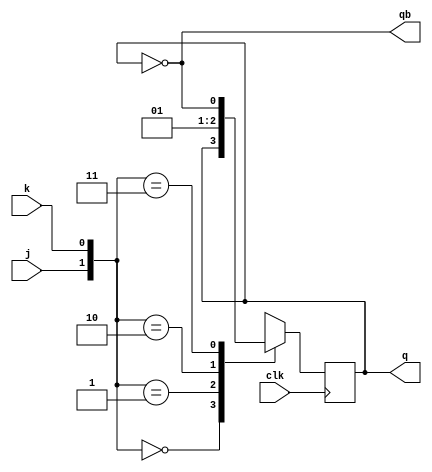
module jk_ff(j,k,clk,q,qb);
input clk;
input j,k;
output q,qb;
reg q;
wire qb;
always @(posedge clk)
begin
case({j,k})
2'b00:q<=q;
2'b01:q<=0;
2'b10:q<=1;
2'b11:q<=~q;

endcase
end 
assign qb=~q;
endmodule 
module jk_ff_test;
reg clk,j,k;
wire q,qb;
always 
#5 clk=~clk;
jk_ff imat(.j(j),.k(k),.clk(clk),.q(q),.qb(qb));
initial 
begin
clk=0;
j=0;
k=0;
#20
j=0;
k=1;
#30
j=1;
k=0;
#40 
j=1;
k=1;
#20
$finish;
end 
initial 
$monitor("time =%t\t INPUT VALUES: \t j=%0b k=%0b q=%0b qb=%0b",$time,j,k,q,qb);
endmodule